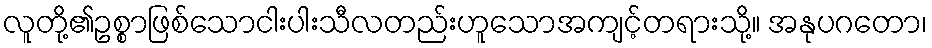
လူတို့၏ဥစ္စာဖြစ်သောငါးပါးသီလတည်းဟူသောအကျင့်တရားသို့။ အနုပဂတော၊